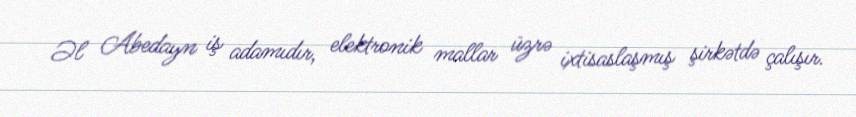
Əl Abedayn iş adamıdır, elektronik mallar üzrə ixtisaslaşmış şirkətdə çalışır.